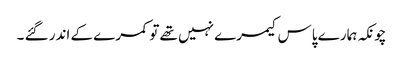
چونکہ ہمارے پاس کیمرے نہیں تھے تو کمرے کے اندر گئے ۔